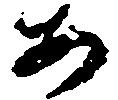
安